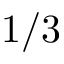
1 / 3